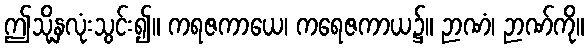
ဤသို့နှလုံးသွင်း၍။ ကရဇကာယေ၊ ကရေဇကာယ၌။ ဉာဏံ၊ ဉာဏ်ကို။